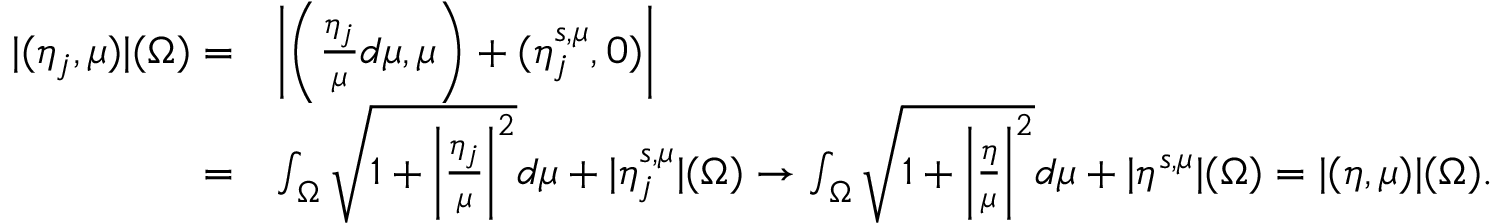
\begin{array} { r l } { | ( \eta _ { j } , \mu ) | ( \Omega ) = } & { \left| \left( \frac { \eta _ { j } } { \mu } d \mu , \mu \right) + ( \eta _ { j } ^ { s , \mu } , 0 ) \right| } \\ { = } & { \int _ { \Omega } \sqrt { 1 + \left| \frac { \eta _ { j } } { \mu } \right| ^ { 2 } } d \mu + | \eta _ { j } ^ { s , \mu } | ( \Omega ) \to \int _ { \Omega } \sqrt { 1 + \left| \frac { \eta } { \mu } \right| ^ { 2 } } d \mu + | \eta ^ { s , \mu } | ( \Omega ) = | ( \eta , \mu ) | ( \Omega ) . } \end{array}